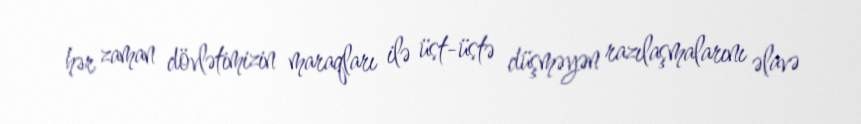
hər zaman dövlətimizin maraqları ilə üst-üstə düşməyən razılaşmalarını əlavə